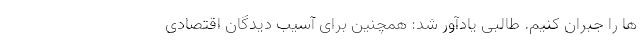
ها را جبران کنیم. طالبی یادآور شد: همچنین برای آسیب دیدگان اقتصادی